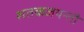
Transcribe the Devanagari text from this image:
शतकजयन्ती